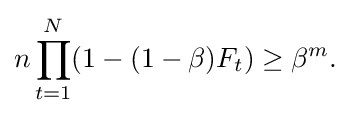
{\begin{aligned}n\prod _{t=1}^{N}(1-(1-\beta )F_{t})\geq \beta ^{m}.\end{aligned}}